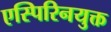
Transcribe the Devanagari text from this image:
एस्पिरिनयुक्त